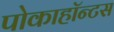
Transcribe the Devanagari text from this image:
पोकाहॉन्टस